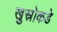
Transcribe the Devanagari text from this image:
खुस्रोकडे